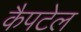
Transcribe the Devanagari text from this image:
कैपटेल